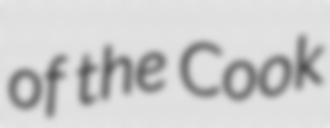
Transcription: of the Cook